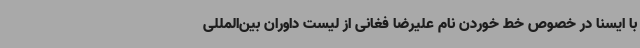
با ایسنا در خصوص خط خوردن نام علیرضا فغانی از لیست داوران بین‌المللی